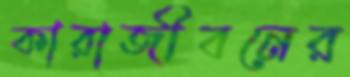
কারাজীবনের